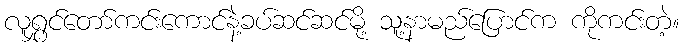
လူရွှင်တော်ကင်းကောင်နဲ့ခပ်ဆင်ဆင်မို့ သူ့နာမည်ပြောင်က ကိုကင်းတဲ့။